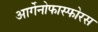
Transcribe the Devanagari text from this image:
आर्गेनोफास्फोरस